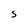
Character: S